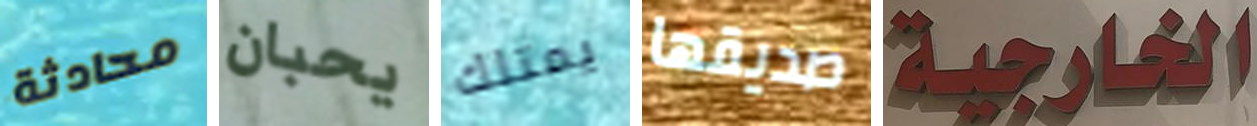
محادثة يحبان يمتلك صديقها الخارجية